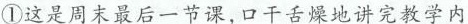
①这是周末最后一节课,口干舌燥地讲完教学内